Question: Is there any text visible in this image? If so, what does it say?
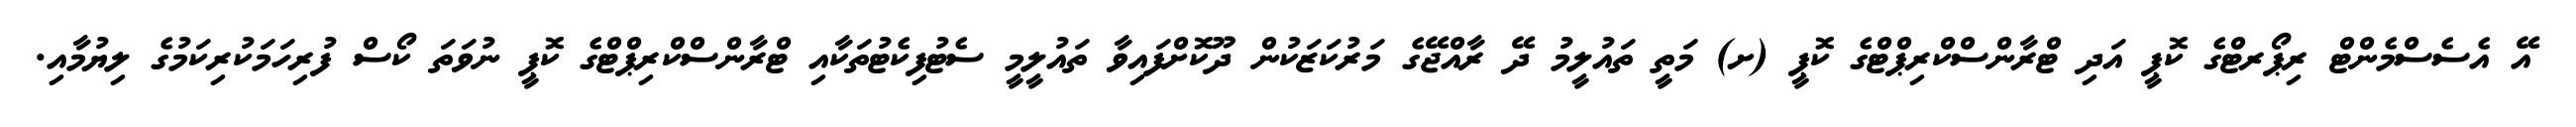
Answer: އޭ އެސެސްމެންޓް ރިޕޯރޓްގެ ކޮޕީ އަދި ޓްރާންސްކްރިޕްޓްގެ ކޮޕީ (ށ) މަތީ ތައުލީމު ދޭ ރާއްޖޭގެ މަރުކަޒަކުން ދޫކޮށްފައިވާ ތައުލީމީ ސެޓުފިކެޓުތަކާއި ޓްރާންސްކްރިޕްޓްގެ ކޮޕީ ނުވަތަ ކޯސް ފުރިހަމަކުރިކަމުގެ ލިޔުމާއި.